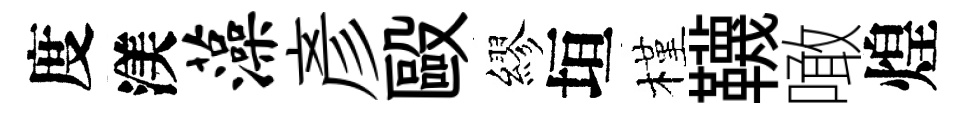
度渼藻彥毆繆垣槿韈噉煌